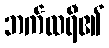
ဘက်ထရီ၏